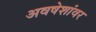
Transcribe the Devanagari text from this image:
अवषेशांवर